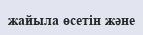
жайыла өсетін және